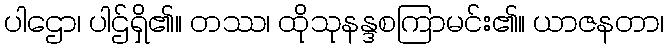
ပါဌော၊ ပါဌ်ရှိ၏။ တဿ၊ ထိုသုနန္ဒစကြာမင်း၏။ ယာဇနတာ၊